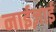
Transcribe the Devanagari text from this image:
नाईज़ाई